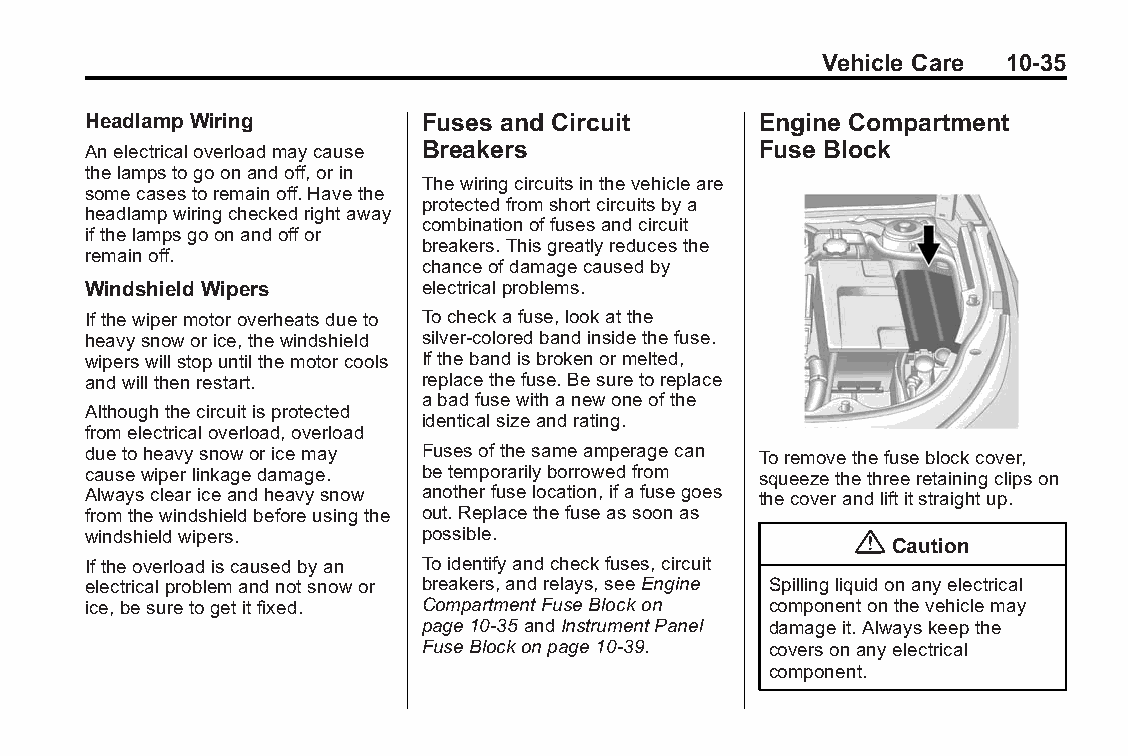
Buick LaCrosse Owner Manual (GMNA-Localizing-U.S./Canada/Mexico- Blackplate(35,1)
 6043609)-2014-2ndEdition-10/17/13
 Vehicle Care 10-35
 Headlamp Wiring        Fuses and Circuit     Engine Compartment
 Anelectricaloverloadmaycause Breakers        Fuse Block
 thelampstogoonandoff,orin
 Thewiringcircuitsinthevehicleare
 somecasestoremainoff.Havethe
 protectedfromshortcircuitsbya
 headlampwiringcheckedrightaway
 combinationoffusesandcircuit
 ifthelampsgoonandoffor
 breakers.Thisgreatlyreducesthe
 remainoff.
 chanceofdamagecausedby
 Windshield Wipers      electricalproblems.
 Ifthewipermotoroverheatsdueto Tocheckafuse,lookatthe
 heavysnoworice,thewindshield silver-coloredbandinsidethefuse.
 wiperswillstopuntilthemotorcools Ifthebandisbrokenormelted,
 andwillthenrestart.    replacethefuse.Besuretoreplace
 abadfusewithanewoneofthe
 Althoughthecircuitisprotected
 identicalsizeandrating.
 fromelectricaloverload,overload
 duetoheavysnoworicemay Fusesofthesameamperagecan Toremovethefuseblockcover,
 causewiperlinkagedamage. betemporarilyborrowedfrom squeezethethreeretainingclipson
 Alwayscleariceandheavysnow anotherfuselocation,ifafusegoes thecoverandliftitstraightup.
 fromthewindshieldbeforeusingthe out.Replacethefuseassoonas
 windshieldwipers.      possible.                   {
 Caution
 Iftheoverloadiscausedbyan Toidentifyandcheckfuses,circuit
 electricalproblemandnotsnowor breakers,andrelays,seeEngine Spillingliquidonanyelectrical
 ice,besuretogetitfixed. CompartmentFuseBlockon componentonthevehiclemay
 page10-35andInstrumentPanel damageit.Alwayskeepthe
 FuseBlockonpage10-39.  coversonanyelectrical
 component.